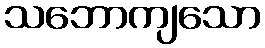
သဘောကျသော